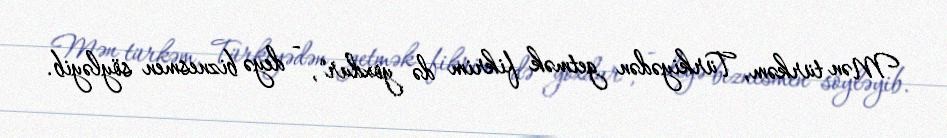
Mən türkəm, Türkiyədən getmək fikrim də yoxdur", - deyə biznesmen söyləyib.